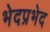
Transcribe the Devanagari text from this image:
भेदप्रभेद